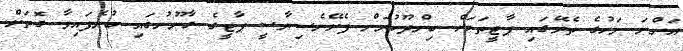
އަންނަ މަހުގެ ތެރޭގައި ޕާޓީތަކަށް ބިންދޫކުރަން ފެށޭނެސިޔާސީ ޕާޓީގެ ގާނޫނުގައި ބުނެފައިވާ ގޮތަށް